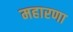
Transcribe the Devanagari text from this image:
महारणा